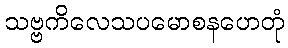
သဗ္ဗကိလေသပမောစနဟေတုံ